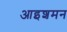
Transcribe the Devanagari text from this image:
आइशमन